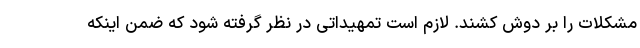
مشکلات را بر دوش کشند. لازم است تمهیداتی در نظر گرفته شود که ضمن اینکه